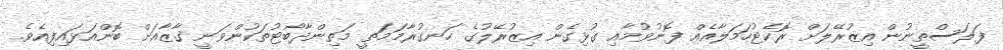
ފަލަސްތީނުން އިޒުރޭލަށް ރޮކެޓުހަމަލާއެއް ފޮނުވުމާއި ގުޅިގެން އިޒުރޭލުގެ ހަނގުރާމަމަތީ މަތިންދާބޯޓުތަކުންވަނީ ގާޒާއަށް ބޮންއަޅައިފިއެވެ.